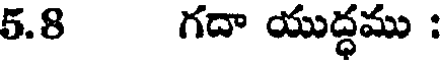
5.8 గదా యుద్ధము :